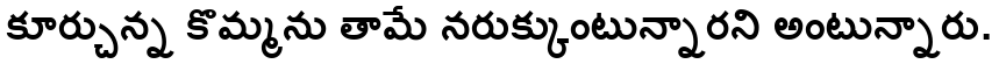
కూర్చున్న కొమ్మను తామే నరుక్కుంటున్నారని అంటున్నారు.